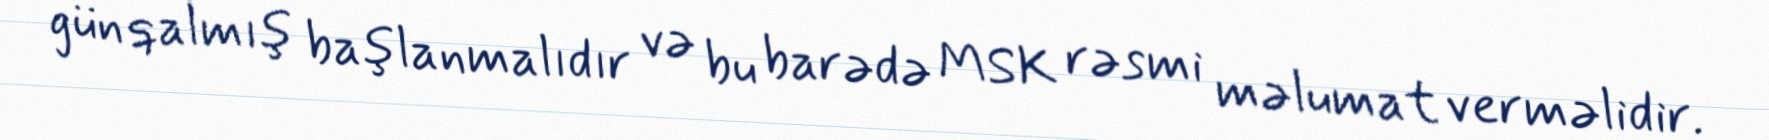
gün qalmış başlanmalıdır və bu barədə MSK rəsmi məlumat verməlidir.